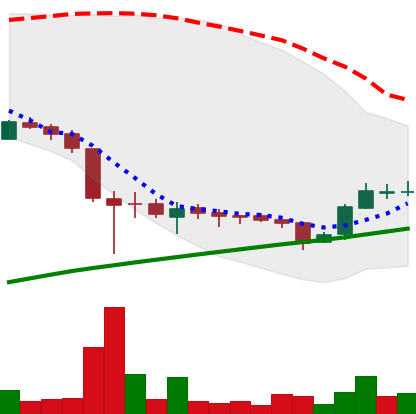
Ticker: LTC-USD
Chart end date: 2015-09-08
Forward return: -7.595%
Label: down_7plus